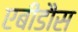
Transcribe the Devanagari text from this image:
एबीडौस